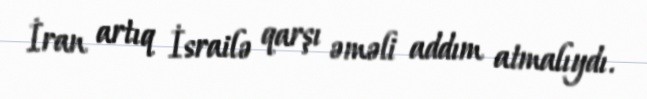
İran artıq İsrailə qarşı əməli addım atmalıydı.